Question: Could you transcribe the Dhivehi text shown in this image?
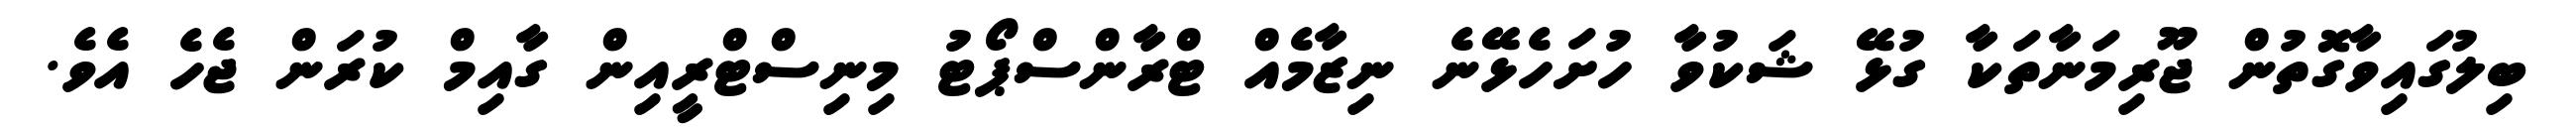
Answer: ބިލުގައިވާގޮތުން ޖޫރިމަނާތަކާ ގުޅޭ ޝަކުވާ ހުށަހެޅޭނެ ނިޒާމެއް ޓްރާންސްޕޯޓު މިނިސްޓްރީއިން ގާއިމް ކުރަން ޖެހެ އެވެ.